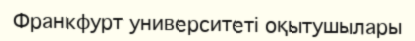
Франкфурт университеті оқытушылары